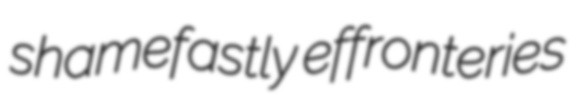
shamefastly effronteries